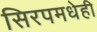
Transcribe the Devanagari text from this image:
सिरपमधेही